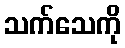
သက်သေကို